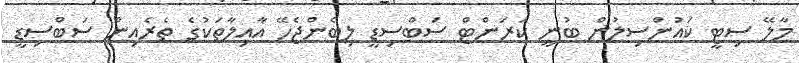
މާލޭ ސިޓީ ކައުންސިލުން ބުނީ ކަރަންޓް ސަބްސިޑީ ލިބެންޖެހޭ އާއިލާތަކުގެ ތެރެއިން ސަބްސިޑީ